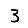
Digit: 3